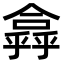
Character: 𠏸